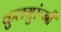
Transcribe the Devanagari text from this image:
कुलगुरूंनी